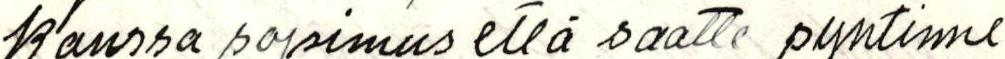
kanssa sopimus että saatte pyntinme